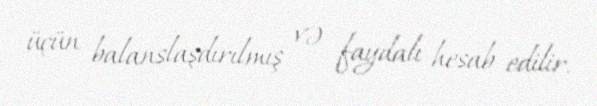
üçün balanslaşdırılmış və faydalı hesab edilir.